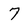
Character: 7